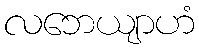
လဘေယျာဟံ